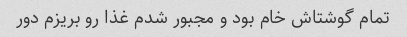
تمام گوشتاش خام بود و مجبور شدم غذا رو بریزم دور